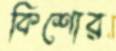
কিশোর